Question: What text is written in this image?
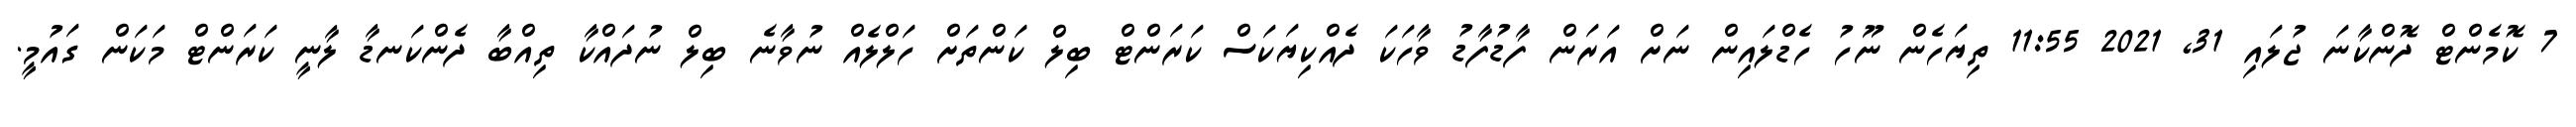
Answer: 7 ކޮމެންޓް ދޮންކާނަ ޖުލައި 31, 2021 11:55 ތިޔަހެން ނޫހު ހެޑްލައިން ނަށް އަރަން ފާޑުފާޑު ވާހަކަ ދެއްކިޔަކަސް ކަރަންޓް ބިލް ކަންތަށް ހަލްލެއް ނުވާނެ ބިލް ނުދައްކާ ތިއްބާ ދެންކަނޑާ ލާނީ ކަރަންޓް މަކަން ގައުމީ.